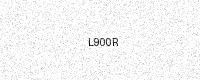
Text: L900R